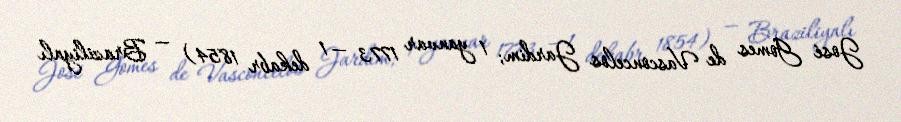
José Gomes de Vasconcelos Jardim; 1 yanvar 1773 — 1 dekabr 1854) — Braziliyalı